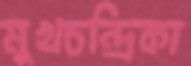
মুখচন্দ্রিকা